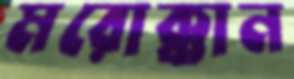
মরোক্কান